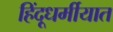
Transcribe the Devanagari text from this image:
हिंदूधर्मीयात